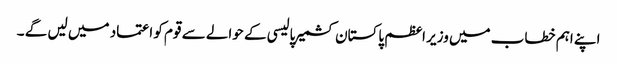
اپنے اہم خطاب میں وزیر اعظم پاکستان کشمیر پالیسی کے حوالے سے قوم کو اعتماد میں لیں گے ۔